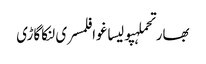
بھارتحملہپولیساغوافلمسری لنکاگاڑی